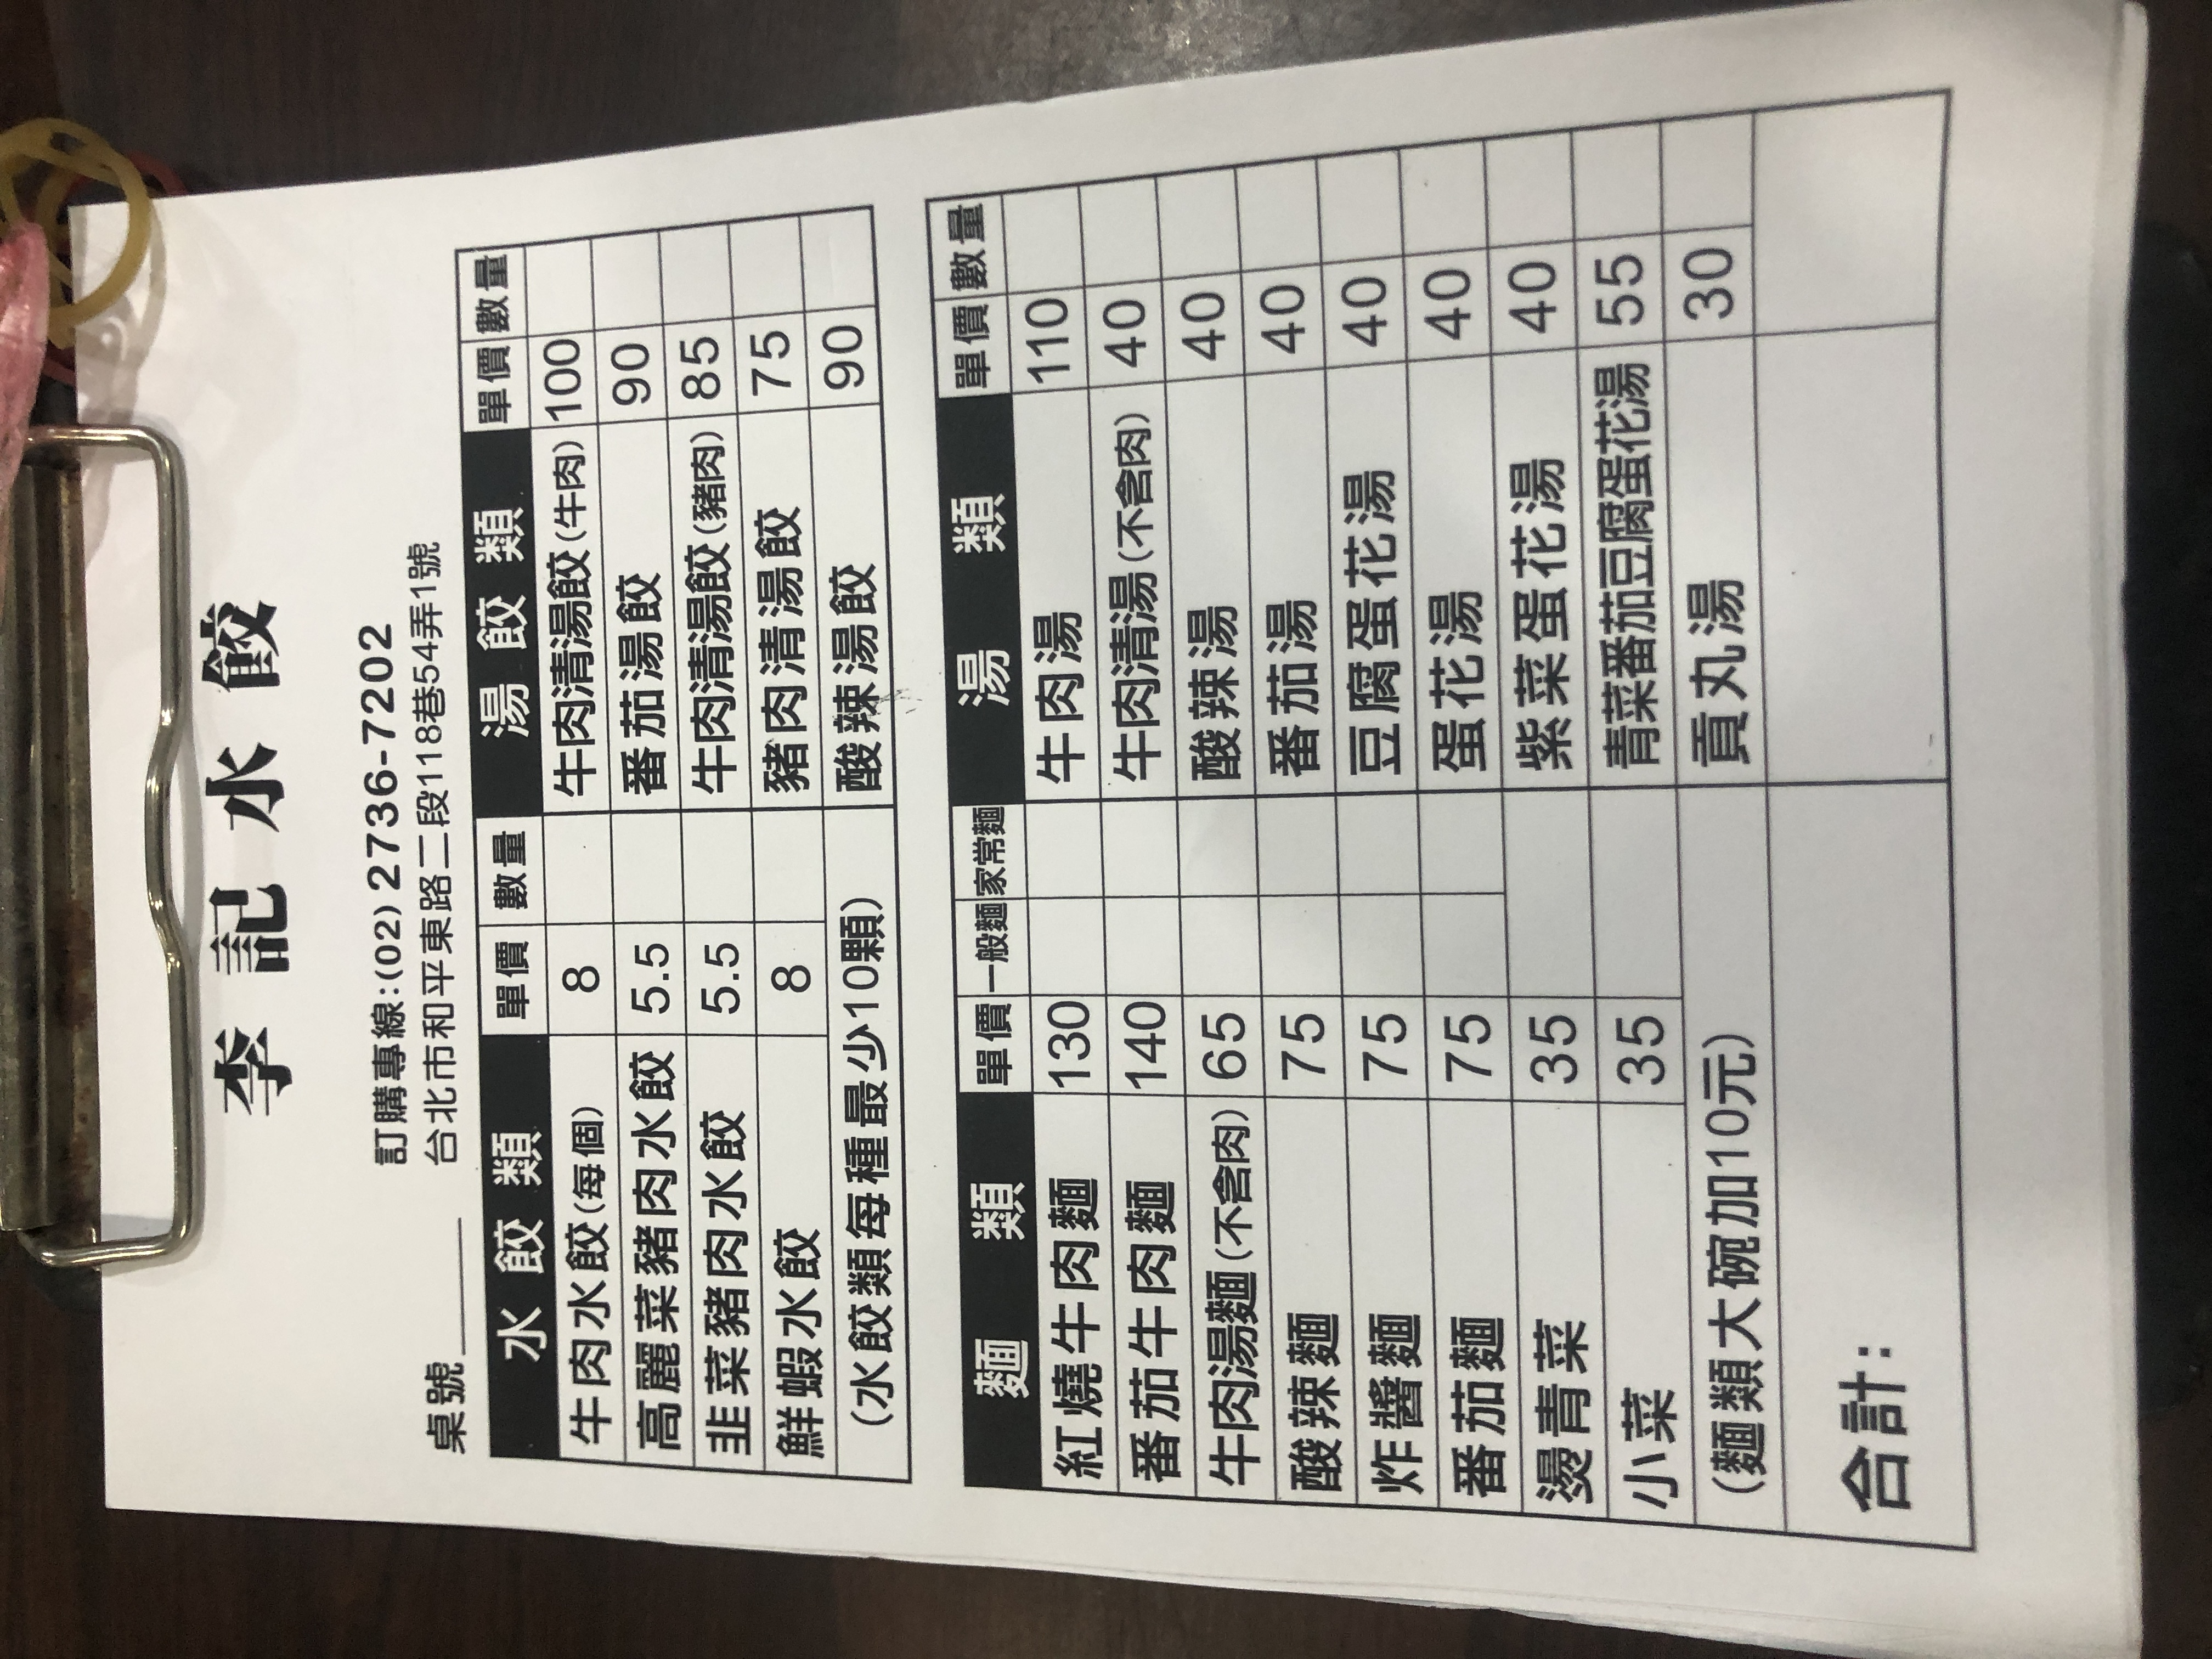
餐廳：李記水餃
地址：台北市和平東路二段118巷54弄1號
電話：(02) 2736-7202
菜單：
name: 牛肉水餃 (每個)
price: 8
name: 高麗菜豬肉水餃
price: 5.5
name: 韭菜豬肉水餃
price: 5.5
name: 鮮蝦水餃
price: 8
name: 紅燒牛肉麵
price: 130
name: 番茄牛肉麵
price: 140
name: 牛肉湯麵 (不含肉)
price: 65
name: 酸辣麵
price: 75
name: 炸醬麵
price: 75
name: 番茄麵
price: 75
name: 燙青菜
price: 35
name: 小菜
price: 35
name: 牛肉清湯 (牛肉)
price: 100
name: 番茄湯
price: 90
name: 豬肉清湯 (豬肉)
price: 85
name: 酸辣湯
price: 75
name: 貢丸湯
price: 90
name: 牛肉湯
price: 110
name: 牛肉清湯 (不含肉)
price: 40
name: 酸辣湯
price: 40
name: 番茄湯
price: 40
name: 豆腐蛋花湯
price: 40
name: 蛋花湯
price: 40
name: 紫菜蛋花湯
price: 40
name: 青菜蛋花豆腐蛋花湯
price: 55
name: 貢丸湯
price: 30